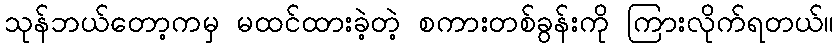
သုန်ဘယ်တော့ကမှ မထင်ထားခဲ့တဲ့ စကားတစ်ခွန်းကို ကြားလိုက်ရတယ်။